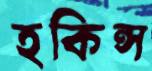
হকিন্স